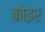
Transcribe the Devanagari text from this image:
कोइर